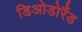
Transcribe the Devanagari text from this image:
डिओडोरैंड